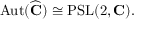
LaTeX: \operatorname { A u t } ( { \widehat { \mathbf { C } } } ) \cong \operatorname { P S L } ( 2 , \mathbf { C } ) .